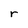
Character: r